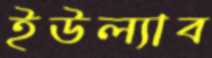
ইউল্যাব